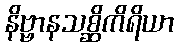
နိဗ္ဗာနသစ္ဆိကိရိယာ